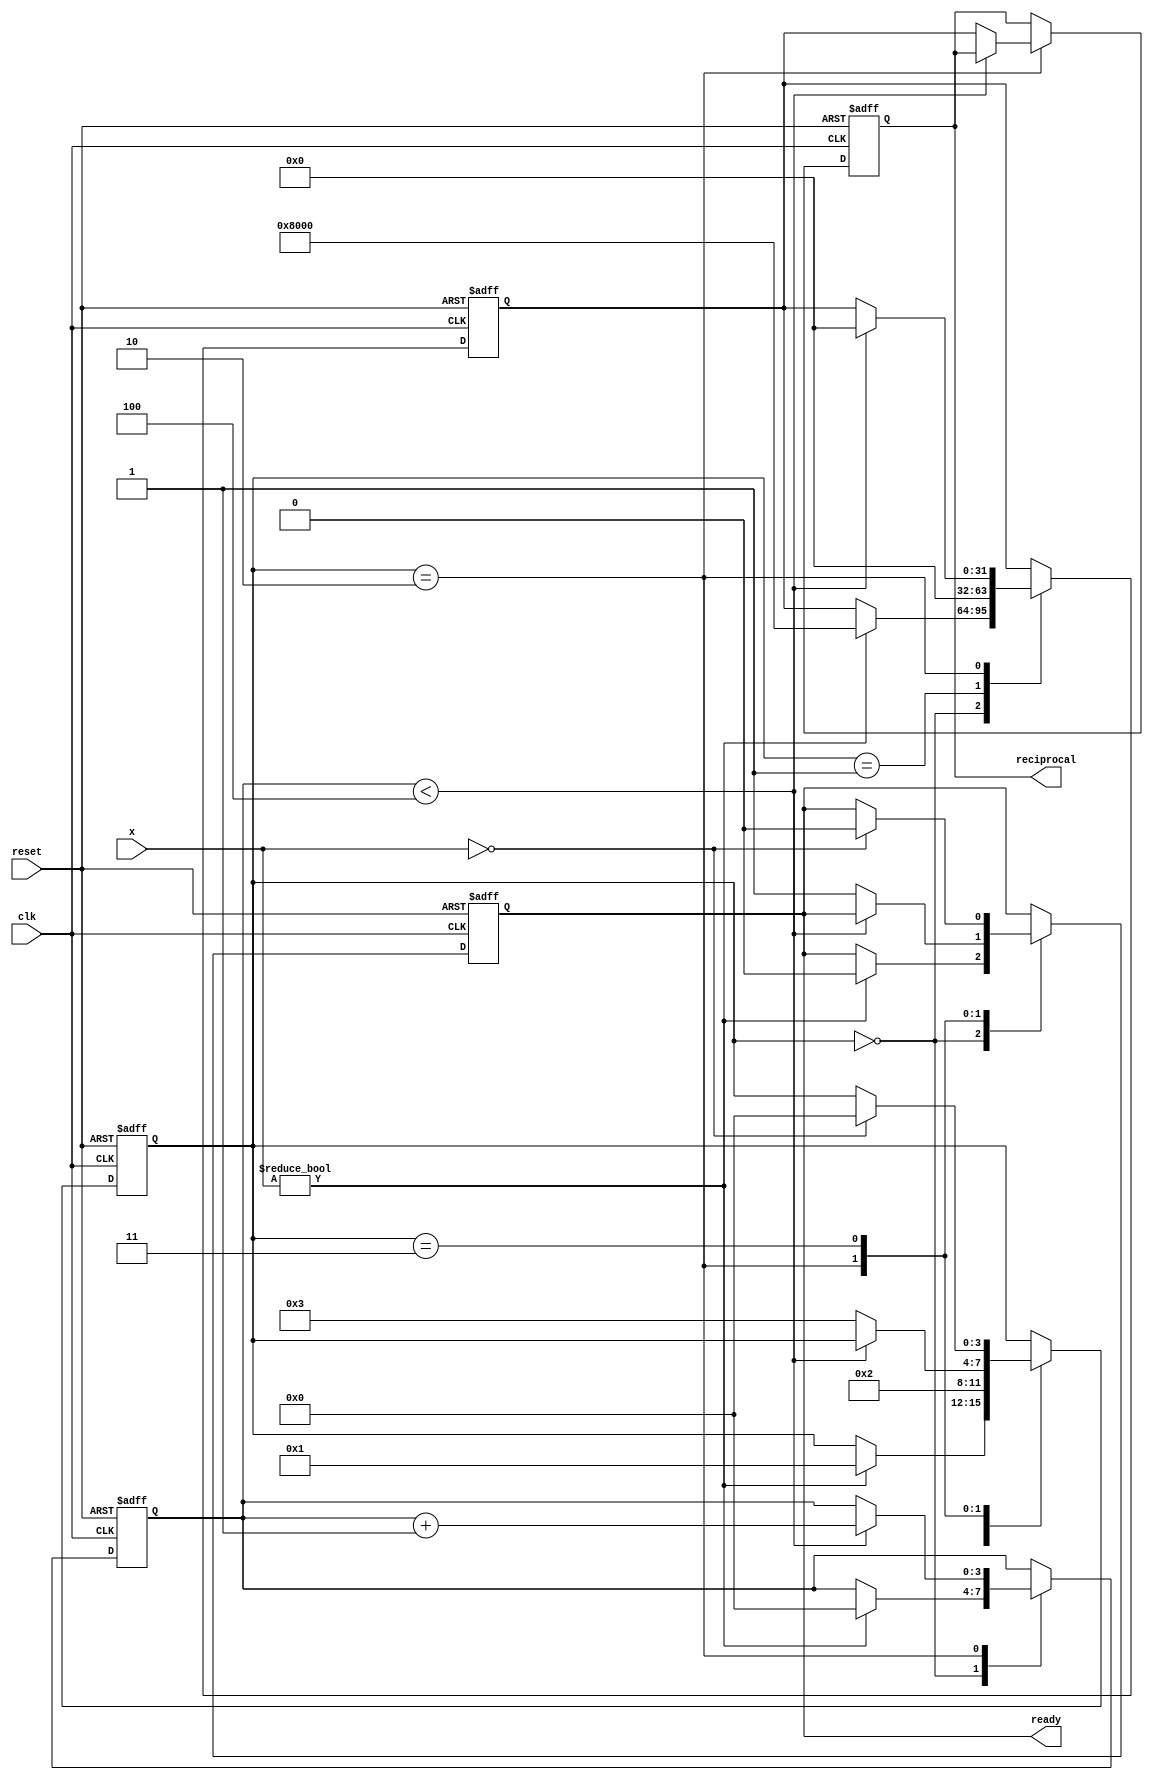
module binary_fractional_reciprocal #(
    parameter N = 16,  // Input width (fixed-point)
    parameter M = 32   // Output width (fixed-point)
)(
    input wire clk,              // Clock signal
    input wire reset,            // Reset signal
    input wire [N-1:0] x,        // Input value (0 < x < 1)
    output reg [M-1:0] reciprocal, // Output reciprocal value
    output reg ready             // Indicate when computation is done
);

    // Internal variables for the Newton-Raphson method
    reg [M-1:0] approx;           // Current approximation
    reg [3:0] state;              // State variable for FSM
    reg [3:0] count;              // Iteration count

    // States for FSM
    localparam IDLE      = 4'b0000;
    localparam INIT      = 4'b0001;
    localparam ITERATE   = 4'b0010;
    localparam DONE      = 4'b0011;

    always @(posedge clk or posedge reset) begin
        if (reset) begin
            reciprocal <= 0;
            ready <= 0;
            state <= IDLE;
            count <= 0;
            approx <= 0;
        end else begin
            case (state)
                IDLE: begin
                    if (x != 0) begin // Start calculation if x is non-zero
                        approx <= {1'b1, {M-N-1{1'b0}}}; // Initial approximation (1.0 in fixed point)
                        state <= INIT;
                        ready <= 0;
                        count <= 0;
                    end
                end
                
                INIT: begin
                    // First approximation step
                    approx <= approx * (2**M - x * approx) >> M; // approx = approx * (2^M - x * approx) / 2^M
                    state <= ITERATE;
                end

                ITERATE: begin
                    if (count < 4) begin // Limit to a number of iterations (tunable)
                        approx <= approx * (2**M - x * approx) >> M; // Recalculate approximation
                        count <= count + 1;
                    end else begin
                        reciprocal <= approx; // Store final result
                        ready <= 1; // Indicate completion
                        state <= DONE;
                    end
                end
                
                DONE: begin
                    // Wait for reset or new input
                    if (x == 0) begin
                        ready <= 0; // Reset ready signal if input is zero
                        state <= IDLE;
                    end
                end
            endcase
        end
    end
endmodule